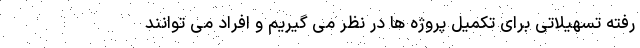
رفته تسهیلاتی برای تکمیل پروژه ها در نظر می گیریم و افراد می توانند